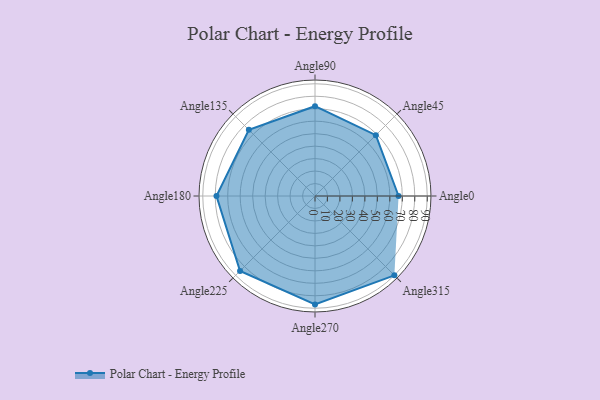
{"axis": {"x": "Angle", "y": "Radius"}, "legend": [""], "data": [{"x": "Angle0", "y": 67.0, "type": ""}, {"x": "Angle45", "y": 69.0, "type": ""}, {"x": "Angle90", "y": 72.0, "type": ""}, {"x": "Angle135", "y": 75.0, "type": ""}, {"x": "Angle180", "y": 79.0, "type": ""}, {"x": "Angle225", "y": 85.0, "type": ""}, {"x": "Angle270", "y": 87.0, "type": ""}, {"x": "Angle315", "y": 90.0, "type": ""}]}